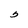
Character: 3